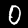
Digit: 0